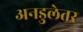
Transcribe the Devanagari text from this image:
अनडुलेतर